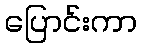
ပြောင်းကာ